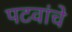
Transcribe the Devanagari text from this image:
पटवांचे